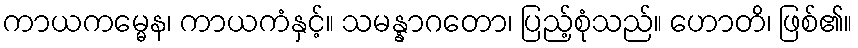
ကာယကမ္မေန၊ ကာယကံနှင့်။ သမန္နာဂတော၊ ပြည့်စုံသည်။ ဟောတိ၊ ဖြစ်၏။